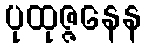
ပုထုဇ္ဇနေန